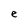
Character: e